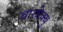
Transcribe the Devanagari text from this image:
बारबेक्यु